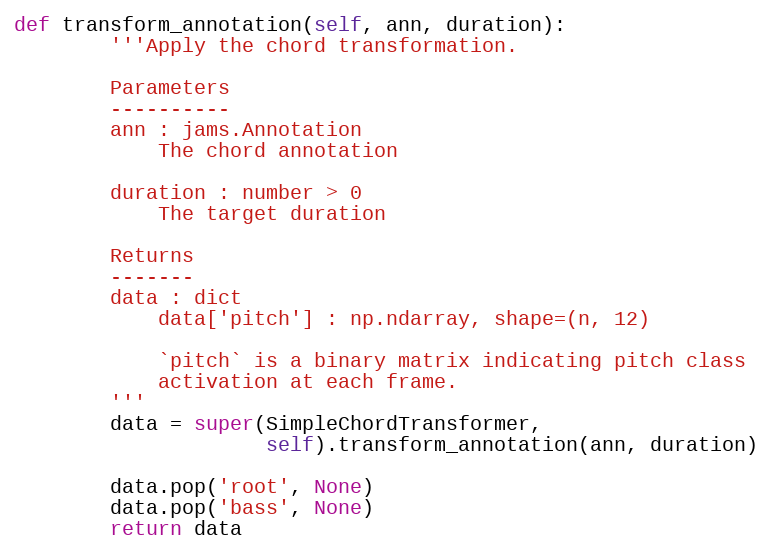
Language: Python
def transform_annotation(self, ann, duration):
        '''Apply the chord transformation.

        Parameters
        ----------
        ann : jams.Annotation
            The chord annotation

        duration : number > 0
            The target duration

        Returns
        -------
        data : dict
            data['pitch'] : np.ndarray, shape=(n, 12)

            `pitch` is a binary matrix indicating pitch class
            activation at each frame.
        '''
        data = super(SimpleChordTransformer,
                     self).transform_annotation(ann, duration)

        data.pop('root', None)
        data.pop('bass', None)
        return data